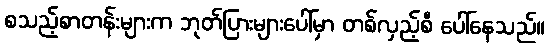
စသည့်စာတန်းများက ဘုတ်ပြားများပေါ်မှာ တစ်လှည့်စီ ပေါ်နေသည်။